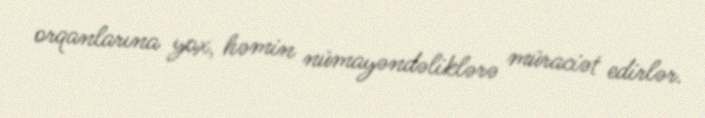
orqanlarına yox, həmin nümayəndəliklərə müraciət edirlər.